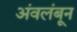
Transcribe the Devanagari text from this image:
अंवलंबून